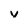
Character: Y